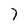
Character: 7